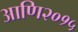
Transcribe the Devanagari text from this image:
आणि२०१५